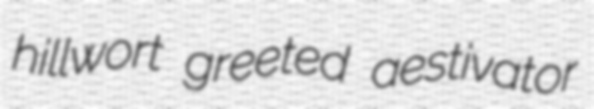
hillwort greeted aestivator